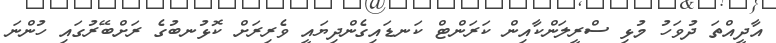
އާދީއްތަ ދުވަހު މުޅި ސްރީލަންކާއިން ކަރަންޓް ކަނޑައިގެންދިޔައީ ވެރިރަށް ކޮޅުނބުގެ ރަށްބޭރުގައި ހުންނަ